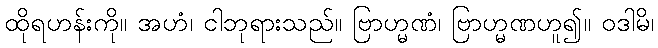
ထိုရဟန်းကို။ အဟံ၊ ငါဘုရားသည်။ ဗြာဟ္မဏံ၊ ဗြာဟ္မဏဟူ၍။ ဝဒါမိ၊